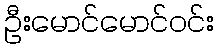
ဦးမောင်မောင်ဝင်း